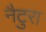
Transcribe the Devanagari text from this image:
नैटुरा